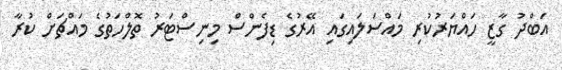
އަބްދު ގާޒީ ހައްޔަރުކުރި މައްސަލައިގައި އޭރުގެ ޑިފެންސް މިނިސްޓަރު ތޮލްހަތުގެ މައްޗަށް ކުރާ